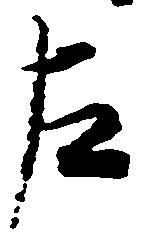
左